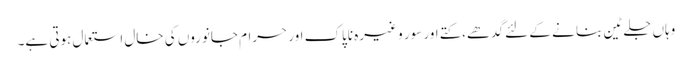
وہاں جلے ٹین بنا نے کے لئے گدھے،کتے اور سور و غیرہ ناپاک اور حرام جانوروں کی خال استعمال ہوتی ہے۔